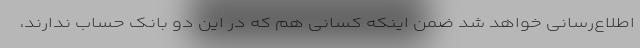
اطلاع‌رسانی خواهد شد ضمن اینکه کسانی هم که در این دو بانک حساب ندارند،